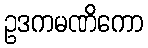
ဥဒကမဏိကော